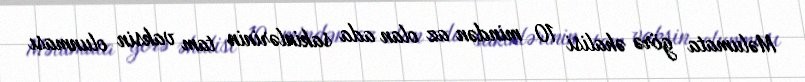
Məlumata görə əhalisi 10 mindən az olan ada sakinlərinin tam vaksin olunması